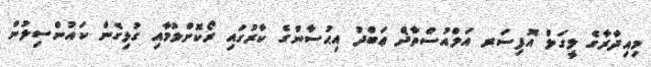
މިއިދާރާގެ ލީގަލް އޮފިސަރ އަލްއުސްތާޛް ޢަބްދު އިޙުސާންގެ ކާރުގައި ރޯކޮށްލުމާއި ގުޅިގެން ކައުންސިލުން